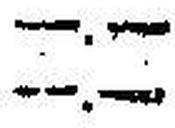
—.—